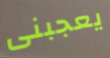
يعجبنى